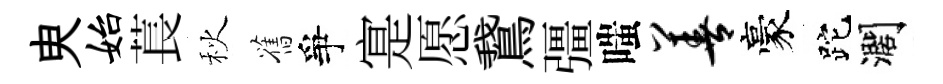
㬰始萇秋舊爭寔愿鵞彊嗤善豪跎濶